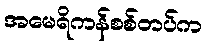
အမေရိကန်စစ်တပ်က